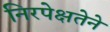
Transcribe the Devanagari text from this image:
निरपेक्षतेने